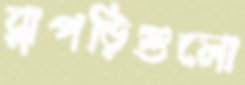
ঝুপড়িগুলো